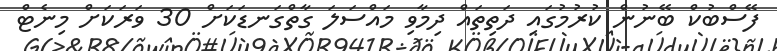
ފޭސްބުކް ބޭނުން ކުރުމުގައި ދަތިތައް ދިމާވި މައްސަލަ ގާތްގަނޑަކަށް 30 ވަރަކަށް މިނެޓް